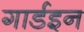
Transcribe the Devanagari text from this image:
गार्डइन